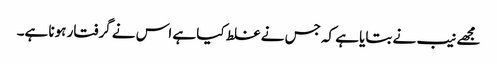
مجھے نیب نے بتایا ہے کہ جس نے غلط کیا ہے اس نے گرفتار ہونا ہے۔